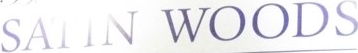
SATIN WOODS